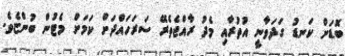
ބޮޑަށް ކަނޑު ގަދަވާނީ އުތުރާއި މެދު ރާއްޖެތެރޭ ސަރަހައްދަށް ކަމަށް މެޓުން ބުންޏެވެ.